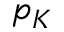
p _ { K }